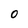
Character: O